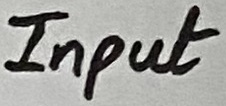
Text: Input